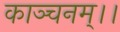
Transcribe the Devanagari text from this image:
काञ्चनम्।।